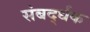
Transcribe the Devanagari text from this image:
संबर्द्धक